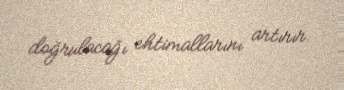
doğrulacağı ehtimallarını artırır.